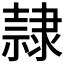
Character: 隷